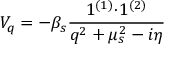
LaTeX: V _ { q } = - \beta _ { s } \frac { 1 ^ { ( 1 ) } { \cdot } 1 ^ { ( 2 ) } } { q ^ { 2 } + \mu _ { s } ^ { 2 } - i \eta }